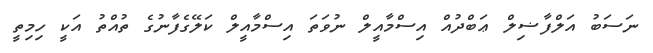
ނަސަބު އަލްފާޟިލް ޢަބްދުއް އިސްމާއީލް ނުވަތަ އިސްމާއީލް ކަލޭގެފާނުގެ ތުއްތު އަކީ ހިމިތީ